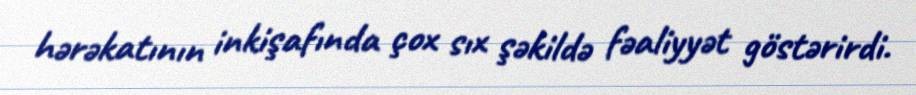
hərəkatının inkişafında çox sıx şəkildə fəaliyyət göstərirdi.